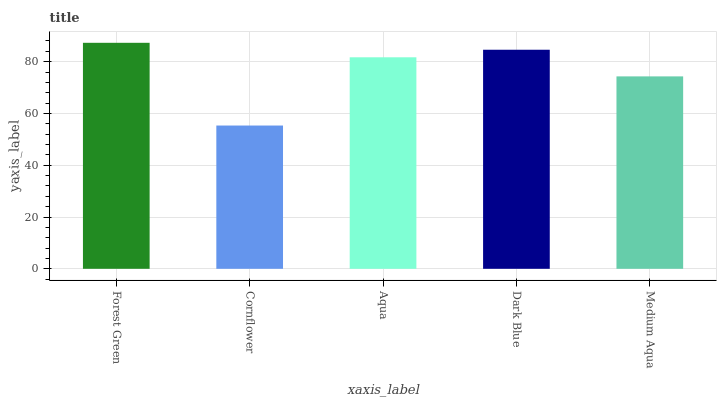
| xaxis_label | bars |
 | --- | --- |
 | Forest Green | 87.3 |
 | Cornflower | 55.3 |
 | Aqua | 81.7 |
 | Dark Blue | 84.6 |
 | Medium Aqua | 74.3 |